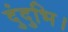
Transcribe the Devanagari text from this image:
दुंदुभि।